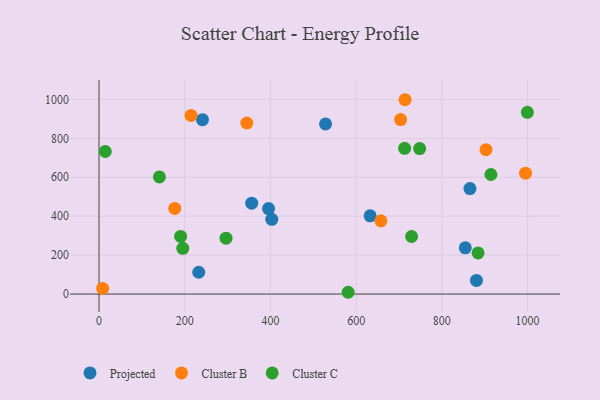
{"axis": {"x": "Price", "y": "Sales"}, "legend": ["Cluster B", "Cluster C", "Projected"], "data": [{"x": "632.7", "y": 402.1, "type": "Projected"}, {"x": "403.1", "y": 383.8, "type": "Projected"}, {"x": "865.6", "y": 541.9, "type": "Projected"}, {"x": "880.8", "y": 70.2, "type": "Projected"}, {"x": "356.3", "y": 466.8, "type": "Projected"}, {"x": "232.7", "y": 112.1, "type": "Projected"}, {"x": "395.6", "y": 439.4, "type": "Projected"}, {"x": "854.7", "y": 237.6, "type": "Projected"}, {"x": "241.4", "y": 896.1, "type": "Projected"}, {"x": "528.6", "y": 874.3, "type": "Projected"}, {"x": "657.7", "y": 376.1, "type": "Cluster B"}, {"x": "344.9", "y": 879.0, "type": "Cluster B"}, {"x": "214.7", "y": 918.1, "type": "Cluster B"}, {"x": "703.8", "y": 896.8, "type": "Cluster B"}, {"x": "903.1", "y": 742.0, "type": "Cluster B"}, {"x": "714.1", "y": 998.6, "type": "Cluster B"}, {"x": "995.3", "y": 621.3, "type": "Cluster B"}, {"x": "8.4", "y": 29.0, "type": "Cluster B"}, {"x": "176.8", "y": 440.1, "type": "Cluster B"}, {"x": "748.2", "y": 747.6, "type": "Cluster C"}, {"x": "713.1", "y": 748.8, "type": "Cluster C"}, {"x": "884.5", "y": 211.5, "type": "Cluster C"}, {"x": "296.3", "y": 287.3, "type": "Cluster C"}, {"x": "999.6", "y": 933.9, "type": "Cluster C"}, {"x": "914.5", "y": 614.4, "type": "Cluster C"}, {"x": "190.4", "y": 296.2, "type": "Cluster C"}, {"x": "729.4", "y": 295.8, "type": "Cluster C"}, {"x": "140.9", "y": 601.8, "type": "Cluster C"}, {"x": "14.6", "y": 732.5, "type": "Cluster C"}, {"x": "581.3", "y": 9.1, "type": "Cluster C"}, {"x": "195.5", "y": 234.8, "type": "Cluster C"}]}